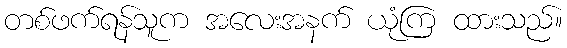
တစ်ဖက်ရန်သူက အလေးအနက် ယုံကြ ထားသည်။